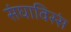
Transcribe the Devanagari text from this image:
संघाविस्सं